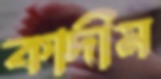
কাদীম